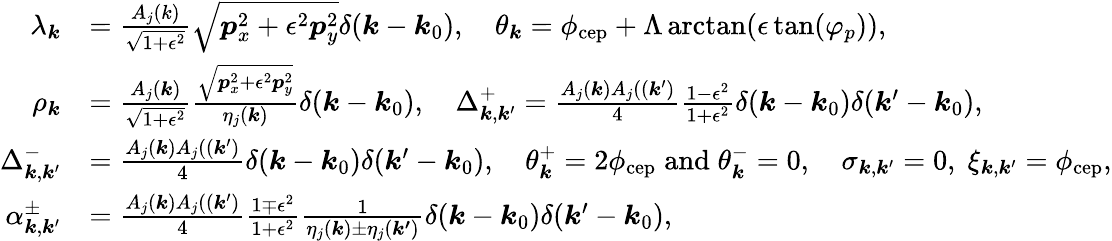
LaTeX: \begin{array}{rl}{\lambda_{\boldsymbol{k}}}&{=\frac{A_{j}(k)}{\sqrt{1+\epsilon^{2}}}\sqrt{\boldsymbol{p}_{x}^{2}+\epsilon^{2}\boldsymbol{p}_{y}^{2}}\delta(\boldsymbol{k}-\boldsymbol{k}_{0}),\quad\theta_{\boldsymbol{k}}=\phi_{\mathrm{cep}}+\Lambda\arctan(\epsilon\tan(\varphi_{p})),}\\ {\rho_{\boldsymbol{k}}}&{=\frac{A_{j}(\boldsymbol{k})}{\sqrt{1+\epsilon^{2}}}\frac{\sqrt{\boldsymbol{p}_{x}^{2}+\epsilon^{2}\boldsymbol{p}_{y}^{2}}}{\eta_{j}(\boldsymbol{k})}\delta(\boldsymbol{k}-\boldsymbol{k}_{0}),\quad\Delta_{\boldsymbol{k},\boldsymbol{k}^{\prime}}^{+}=\frac{A_{j}(\boldsymbol{k})A_{j}((\boldsymbol{k}^{\prime})}{4}\frac{1-\epsilon^{2}}{1+\epsilon^{2}}\delta(\boldsymbol{k}-\boldsymbol{k}_{0})\delta(\boldsymbol{k}^{\prime}-\boldsymbol{k}_{0}),}\\ {\Delta_{\boldsymbol{k},\boldsymbol{k}^{\prime}}^{-}}&{=\frac{A_{j}(\boldsymbol{k})A_{j}((\boldsymbol{k}^{\prime})}{4}\delta(\boldsymbol{k}-\boldsymbol{k}_{0})\delta(\boldsymbol{k}^{\prime}-\boldsymbol{k}_{0}),\quad\theta_{\boldsymbol{k}}^{+}=2\phi_{\mathrm{cep}}\; \mathrm{and}\; \theta_{\boldsymbol{k}}^{-}=0,\quad\sigma_{\boldsymbol{k},\boldsymbol{k}^{\prime}}=0,\; \xi_{\boldsymbol{k},\boldsymbol{k}^{\prime}}=\phi_{\mathrm{cep}},}\\ {\alpha_{\boldsymbol{k},\boldsymbol{k}^{\prime}}^{\pm}}&{=\frac{A_{j}(\boldsymbol{k})A_{j}((\boldsymbol{k}^{\prime})}{4}\frac{1\mp\epsilon^{2}}{1+\epsilon^{2}}\frac{1}{\eta_{j}(\boldsymbol{k})\pm\eta_{j}(\boldsymbol{k^{\prime}})}\delta(\boldsymbol{k}-\boldsymbol{k}_{0})\delta(\boldsymbol{k}^{\prime}-\boldsymbol{k}_{0}),}\end{array}